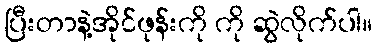
ပြီးတာနဲ့အိုင်ဖုန်းကို ကို ဆွဲလိုက်ပါ။